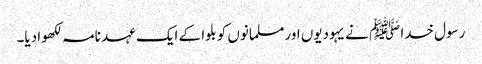
رسول خدا ﷺ نے یہودیوں اور مسلمانوں کو بلوا کے ایک عہد نامہ لکھوادیا۔